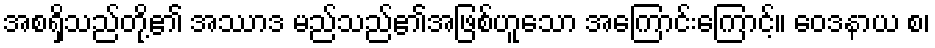
အစရှိသည်တို့၏ အဿာဒ မည်သည်၏အဖြစ်ဟူသော အကြောင်းကြောင့်။ ဝေဒနာယ စ၊